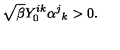
\sqrt { \beta } Y _ { 0 } ^ { i k } \alpha ^ { j } { } _ { k } > 0 .